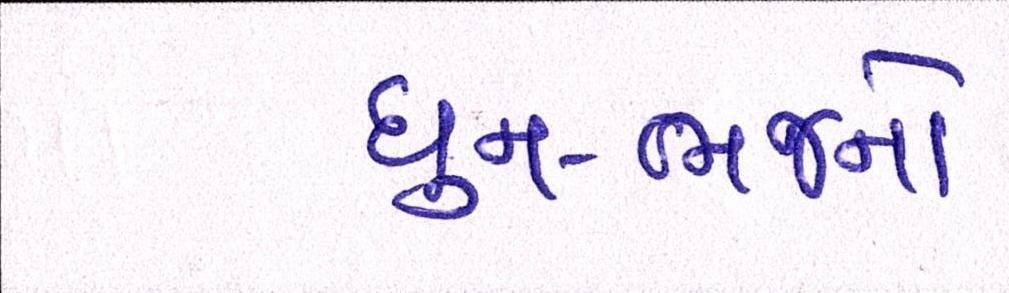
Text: ધુન-ભજનો